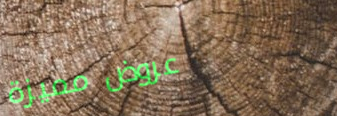
عروض مميزة